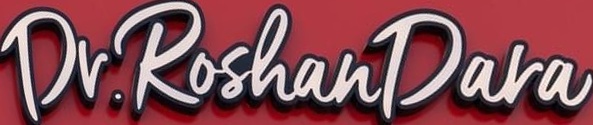
Dr.RoshanDara